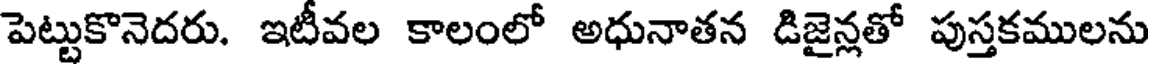
పెట్టుకొనెదరు. ఇటీవల కాలంలో అధునాతన డిజైన్లతో పుస్తకములను